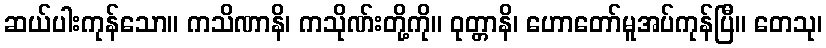
ဆယ်ပါးကုန်သော။ ကသိဏာနိ၊ ကသိုဏ်းတို့ကို။ ဝုတ္တာနိ၊ ဟောတော်မူအပ်ကုန်ပြီ။ တေသု၊